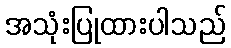
အသုံးပြုထားပါသည်